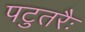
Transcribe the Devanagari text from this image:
पटुतरैः